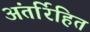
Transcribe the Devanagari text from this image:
अंतर्रिहित